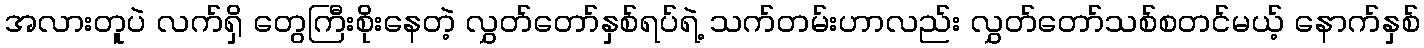
အလားတူပဲ လက်ရှိ တွေကြီးစိုးနေတဲ့ လွှတ်တော်နှစ်ရပ်ရဲ့ သက်တမ်းဟာလည်း လွှတ်တော်သစ်စတင်မယ့် နောက်နှစ်